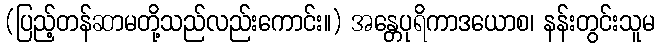
(ပြည့်တန်ဆာမတို့သည်လည်းကောင်း။) အန္တေပုရိကာဒယောစ၊ နန်းတွင်းသူမ